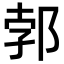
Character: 郣